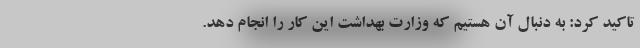
تاکید کرد: به دنبال آن هستیم که وزارت بهداشت این کار را انجام دهد.